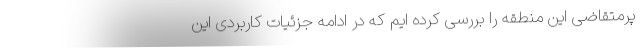
پرمتقاضی این منطقه را بررسی کرده ایم که در ادامه جزئیات کاربردی این